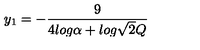
y _ { 1 } = - \frac { 9 } { 4 l o g \alpha + l o g \sqrt { 2 } Q }